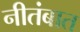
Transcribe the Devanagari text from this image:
नीतंबात